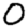
Digit: 0